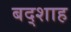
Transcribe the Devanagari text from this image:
बद्शाह